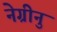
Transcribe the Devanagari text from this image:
नेग्रीनु